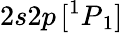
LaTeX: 2s2p\, [{^1P}_{1}]